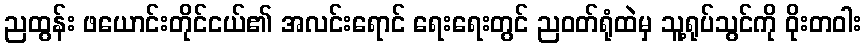
ညထွန်း ဖယောင်းတိုင်ငယ်၏ အလင်းရောင် ရေးရေးတွင် ညဝတ်ရုံထဲမှ သူ့ရုပ်သွင်ကို ဝိုးတဝါး